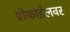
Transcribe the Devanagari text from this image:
प्रोफाईलवर